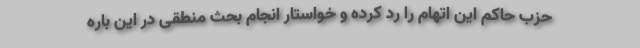
حزب حاکم این اتهام را رد کرده و خواستار انجام بحث‌ منطقی در این باره